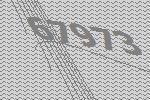
67973